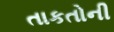
તાકતોની